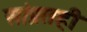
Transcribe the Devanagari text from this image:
सांप्रतही